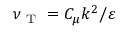
\nu _ { \mathrm { ~ T ~ } } = C _ { \mu } k ^ { 2 } / \varepsilon